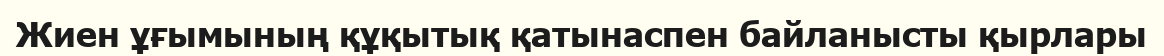
Жиен ұғымының құқытық қатынаспен байланысты қырлары